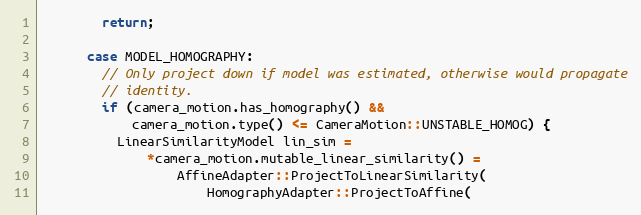
Language: C++
        return;

      case MODEL_HOMOGRAPHY:
        // Only project down if model was estimated, otherwise would propagate
        // identity.
        if (camera_motion.has_homography() &&
            camera_motion.type() <= CameraMotion::UNSTABLE_HOMOG) {
          LinearSimilarityModel lin_sim =
              *camera_motion.mutable_linear_similarity() =
                  AffineAdapter::ProjectToLinearSimilarity(
                      HomographyAdapter::ProjectToAffine(